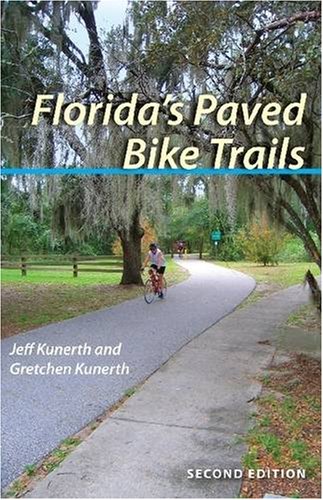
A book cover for Florida's Paved Bike Trails, Second Edition; Mr. Jeff Kunerth; Sports & Outdoors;